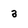
Character: 3